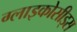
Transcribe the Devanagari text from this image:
ग्लाइकोसीड्स